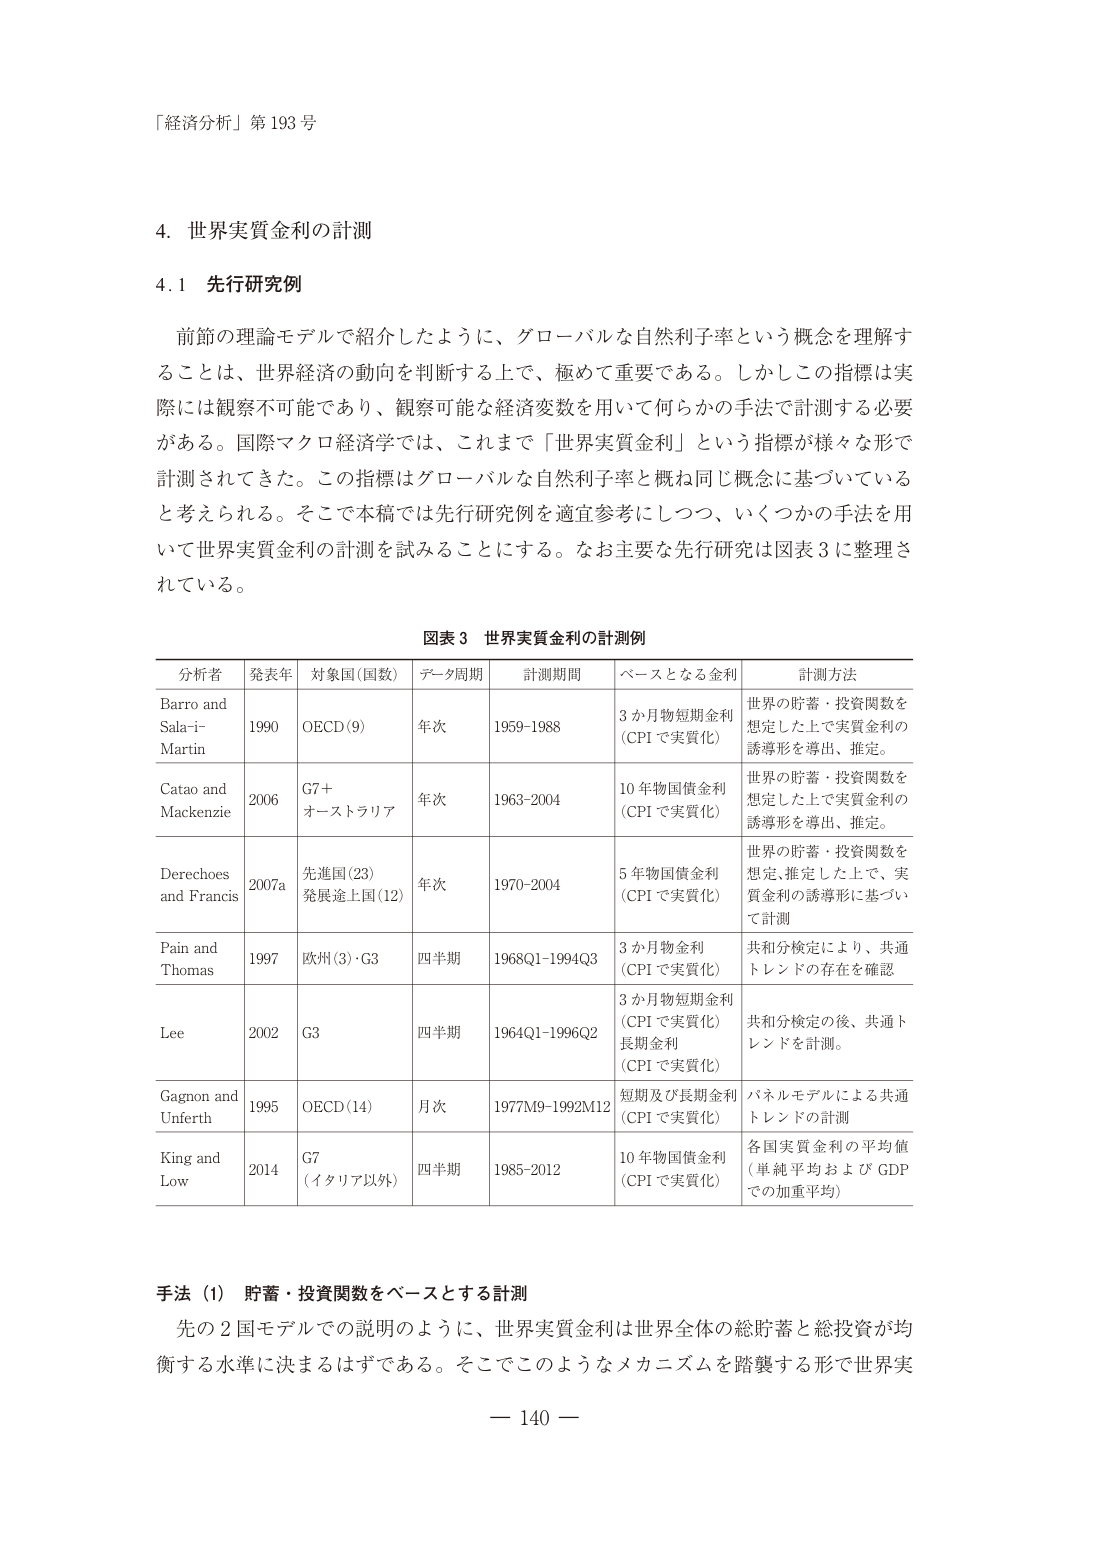
「経済分析」第 193 号

4. 世界実質金利の計測

4.1 先行研究例

前節の理論モデルで紹介したように、グローバルな自然利子率という概念を理解することは、世界経済の動向を判断する上で、極めて重要である。しかしこの指標は実際には観察不可能であり、観察可能な経済変数を用いて何らかの手法で計測する必要がある。国際マクロ経済学では、これまで「世界実質金利」という指標が様々な形で計測されてきた。この指標はグローバルな自然利子率と概ね同じ概念に基づいていると考えられる。そこで本稿では先行研究例を適宜参考にしつつ、いくつかの手法を用いて世界実質金利の計測を試みることにする。なお主要な先行研究は図表 3 に整理されている。

図表 3 世界実質金利の計測例

分析者 発表年 対象国（国数） データ周期 計測期間 ベースとなる金利 計測方法
Barro and Sala-i-Martin 1990 OECD (9) 年次 1959-1988 3か月物短期金利（CPI で実質化） 世界の貯蓄・投資関数を想定した上で実質金利の誘導形を導出、推定。
Catao and Mackenzie 2006 G7＋オーストラリア 年次 1963-2004 10年物国債金利（CPI で実質化） 世界の貯蓄・投資関数を想定した上で実質金利の誘導形を導出、推定。
Derechoes and Francis 2007a 先進国 (23) 発展途上国 (12) 年次 1970-2004 5年物国債金利（CPI で実質化） 世界の貯蓄・投資関数を想定、推定した上で、実質金利の誘導形に基づいて計測
Pain and Thomas 1997 欧州 (3)・G3 四半期 1968Q1-1994Q3 3か月物金利（CPI で実質化） 共和分検定により、共通トレンドの存在を確認
Lee 2002 G3 四半期 1964Q1-1996Q2 3か月物短期金利（CPI で実質化） 長期金利（CPI で実質化） 共和分検定の後、共通トレンドを計測。
Gagnon and Unferth 1995 OECD (14) 月次 1977M9-1992M12 短期及び長期金利（CPI で実質化） パネルモデルによる共通トレンドの計測
King and Low 2014 G7（イタリア以外） 四半期 1985-2012 10年物国債金利（CPI で実質化） 各国実質金利の平均値（単純平均および GDP での加重平均）

手法（1） 貯蓄・投資関数をベースとする計測

先の 2 国モデルでの説明のように、世界実質金利は世界全体の総貯蓄と総投資が均衡する水準に決まるはずである。そこでこのようなメカニズムを踏襲する形で世界実

— 140 —